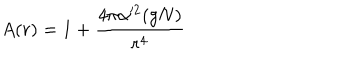
A ( r ) = 1 + { \frac { 4 \pi \alpha ^ { 2 } ( g N ) } { r ^ { 4 } } }